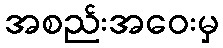
အစည်းအဝေးမှ